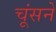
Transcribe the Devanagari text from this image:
चूंसने